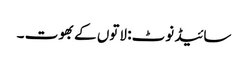
سائیڈ نوٹ: لاتوں کے بھوت ۔